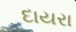
દાયરા